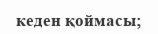
кеден қоймасы;